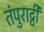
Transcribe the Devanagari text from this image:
तंपुराट्टी